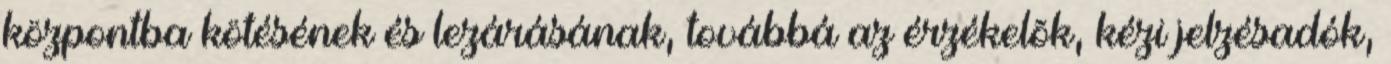
központba kötésének és lezárásának, továbbá az érzékelõk, kézi jelzésadók,